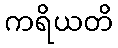
ကရိယတိ